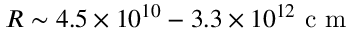
R \sim 4 . 5 \times 1 0 ^ { 1 0 } - 3 . 3 \times 1 0 ^ { 1 2 } \mathrm { ~ c ~ m ~ }